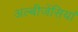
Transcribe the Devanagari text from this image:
अल्बीजेंसियां